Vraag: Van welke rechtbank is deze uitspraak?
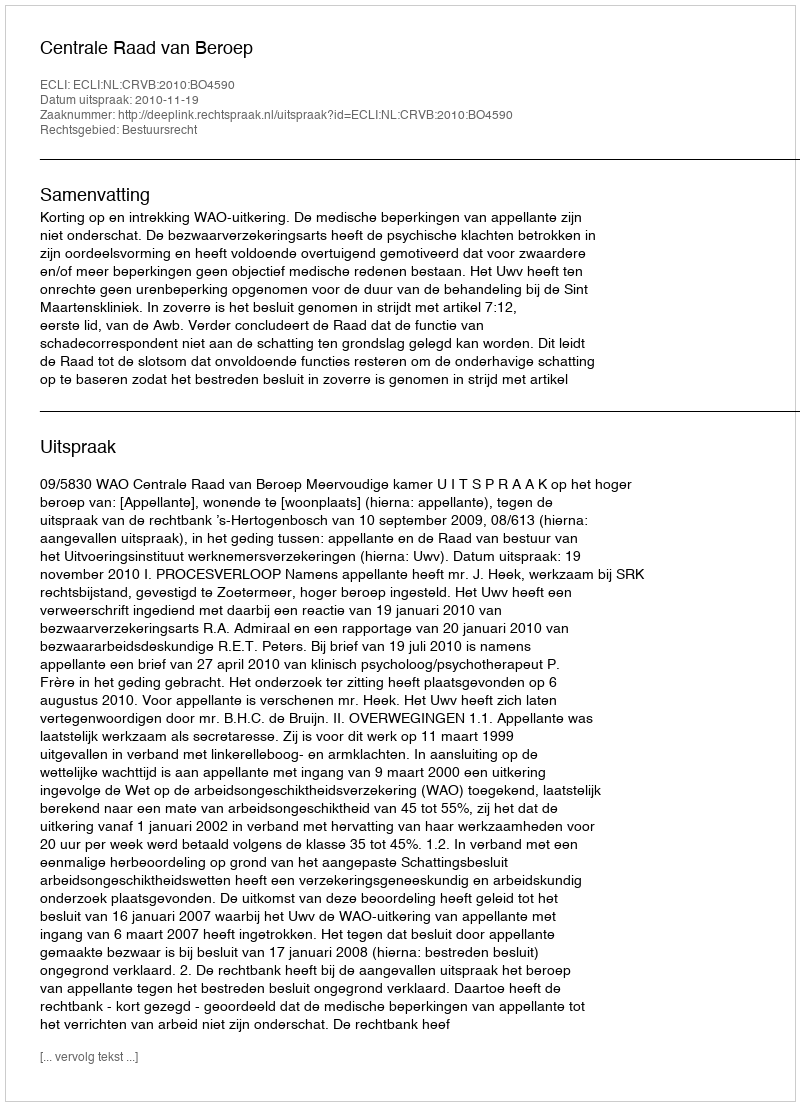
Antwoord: Centrale Raad van Beroep